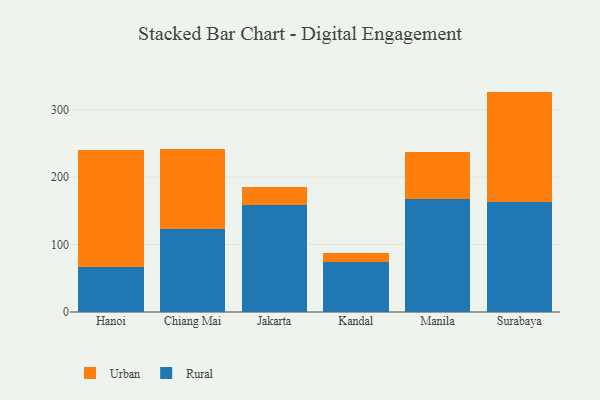
{"axis": {"x": "City", "y": "Customer Acquisition Cost (USD)"}, "legend": ["Rural", "Urban"], "data": [{"x": "Hanoi", "y": 66.9, "type": "Rural"}, {"x": "Hanoi", "y": 172.8, "type": "Urban"}, {"x": "Chiang Mai", "y": 122.3, "type": "Rural"}, {"x": "Chiang Mai", "y": 119.0, "type": "Urban"}, {"x": "Jakarta", "y": 159.3, "type": "Rural"}, {"x": "Jakarta", "y": 25.9, "type": "Urban"}, {"x": "Kandal", "y": 73.4, "type": "Rural"}, {"x": "Kandal", "y": 14.2, "type": "Urban"}, {"x": "Manila", "y": 166.9, "type": "Rural"}, {"x": "Manila", "y": 70.2, "type": "Urban"}, {"x": "Surabaya", "y": 163.5, "type": "Rural"}, {"x": "Surabaya", "y": 163.2, "type": "Urban"}]}